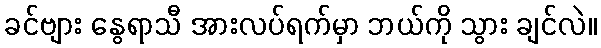
ခင်ဗျား နွေရာသီ အားလပ်ရက်မှာ ဘယ်ကို သွား ချင်လဲ။